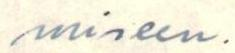
miseen.